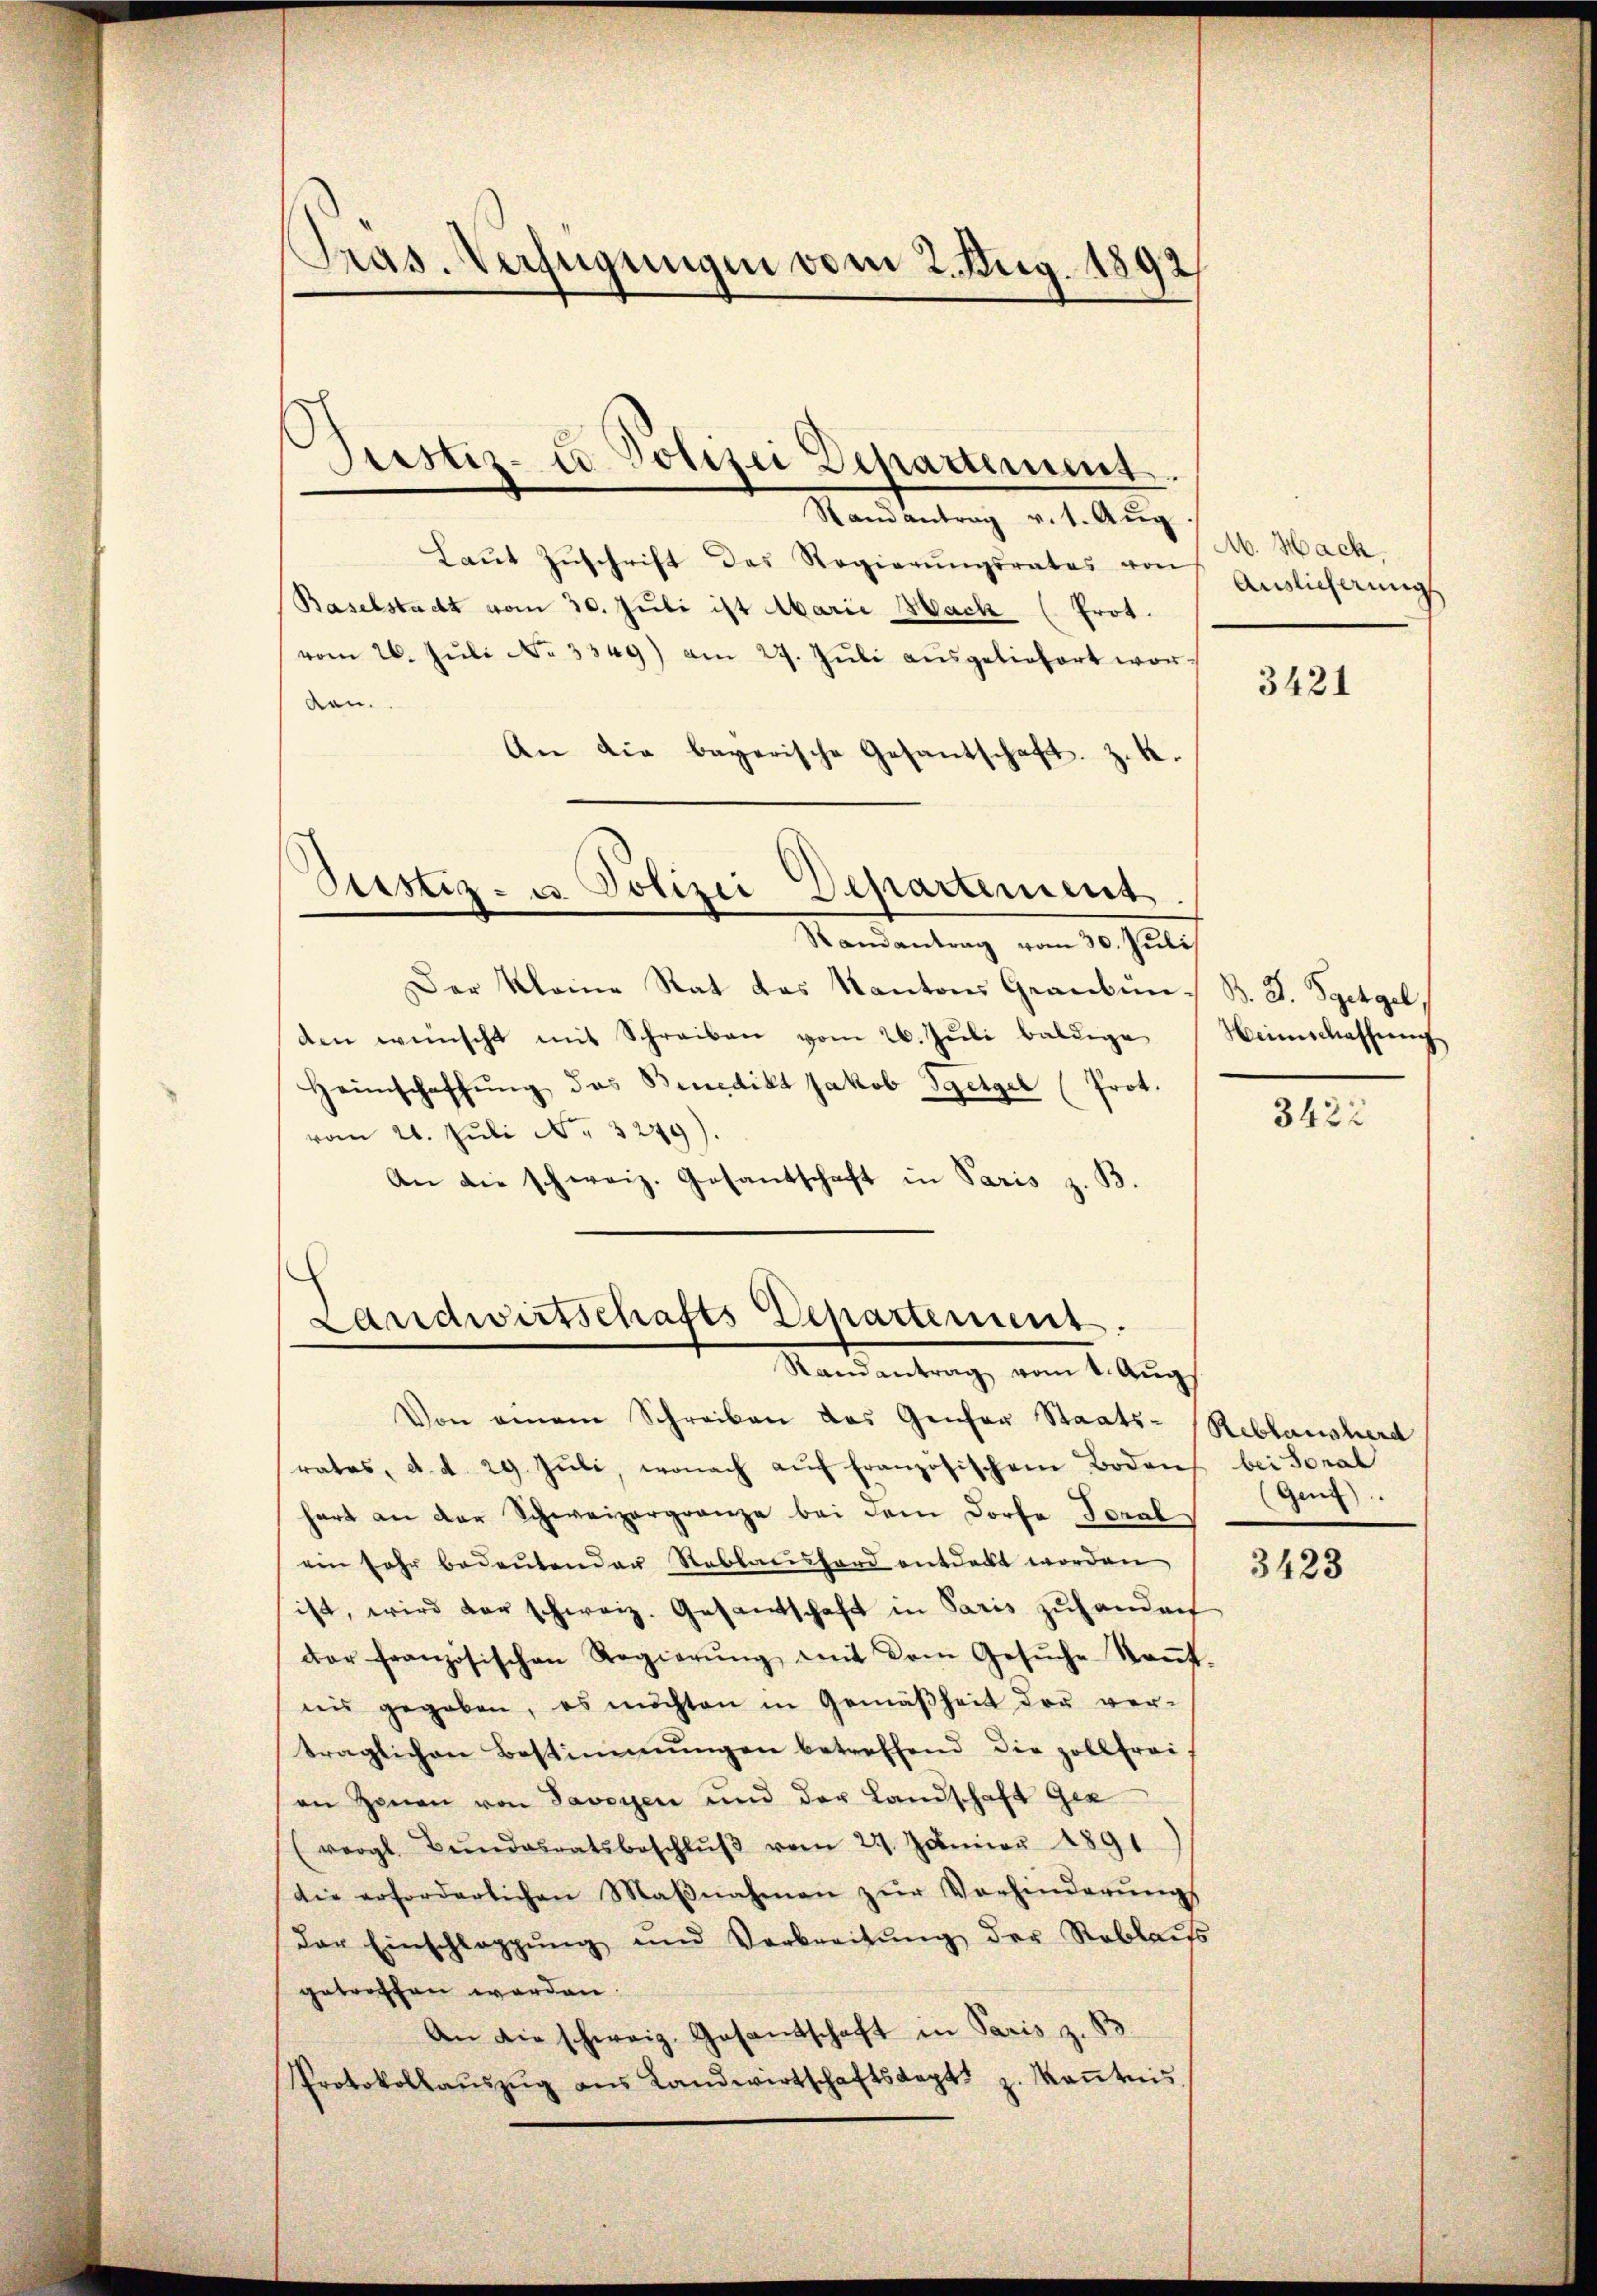
Pras. Verfügungen vom 2. Aug. 1892

Justiz- u Polizei Departement.

Randantrag v. 1. Aŭg
Laŭt Zŭschrift des Regierŭngsrates von
Baselstadt vom 30. Juli ist Abarii Hack (Prot.
vom 26. Jŭli No 3349) am 27. Jŭli aŭsgeliefert wor-
den.
An die bayerische Gesantschaft. Z. 4.
Sistiz- u. Polizei Departement
Randantrag vom 30. Juli
Der Kleine Rat das Kantons Graubün- B. J. Ggetgel,
den wünscht mit Schreiben vom 26. Juli baldige
Heimschaffŭng des Benedikt Jakob Steigel (Prot.
vom 26. Juli No 3249).
An die schweiz. Gosantschaft in Paris z. B.

Landwirtschafts Departement.
Standant
g vom 1. Aug.

Von einem Schreiben das Genfer Staats-Reblansherd
rates, d. d. 29. Jŭli, wonach aŭf französischem Bodens bei Soral
hart an der Schweizergränze bei dem Dorfe Toral
ein Jahr bedeŭtender Stablacsford entdeckt worden
ist, wird der schweiz. Gesantschaft in Paris zuhanden,
dor französischen Regierŭng mit dem Gesŭche kaṅt.
nis gegeben, es möchten in Gemäßheit der ver-
träglichen Bestimmungen betreffend die Zollfrei
an Zonen von Savoyen und der Landschaft gez
(vergl. Bŭndesratsbeschlŭβ vom 27. Januar 1891
die erforderlichen Maβnahmen zŭr Vorhinderŭngs
der Einschlaggŭng und Verbreitŭng der Reblaŭs
getroffen werden.
An die schweiz. Gesantschaft in Paris z. B.
Protokollaŭszŭg ans Landwirtschaftskapt. z. Keṅtnis

M. Hach.
Auslicherung

3421

Heimschaffung

3422

Gen).

3423